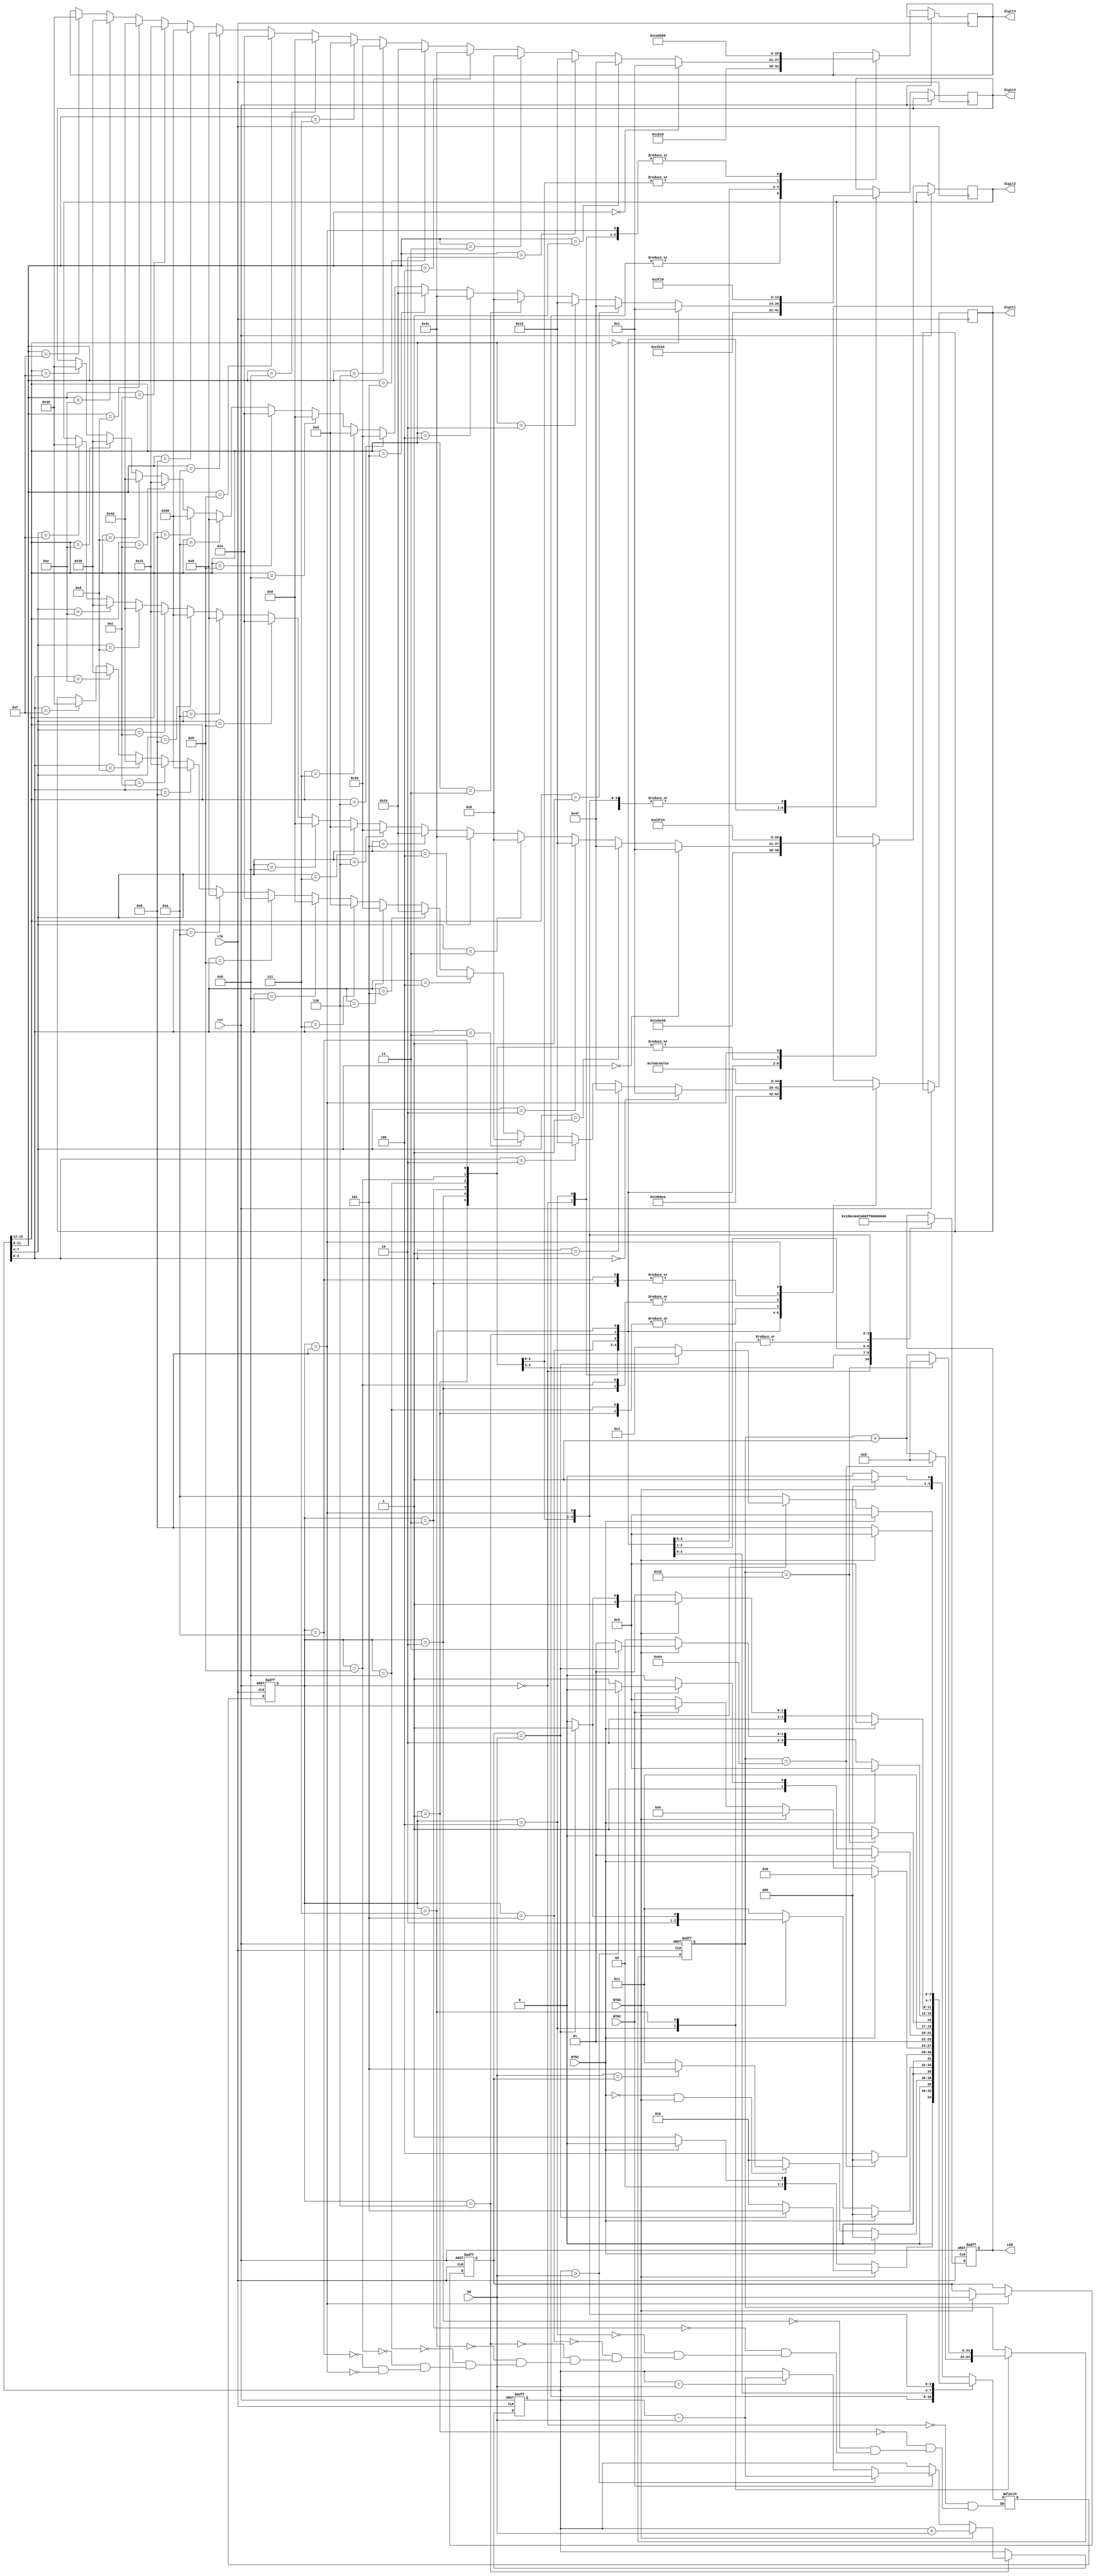
`timescale 1ns / 1ps
//////////////////////////////////////////////////////////////////////////////////
// Company: 
// Engineer: 
// 
// Design Name: 
// Module Name:    atm_code 
// Project Name: 
// Target Devices: 
// Tool versions: 
// Description: 
//
// Dependencies: 
//
// Revision: 
// Revision 0.01 - File Created
// Additional Comments: 
//
//////////////////////////////////////////////////////////////////////////////////


 module atm_code(input clk, input rst, input BTN3, BTN2, BTN1,input [3:0] SW,  
                     output reg [7:0] LED, output reg [6:0] digit4, digit3, digit2, digit1); 
	
	/*
	----------------------------------------
		IN THIS MODULE

			3.balance //beacuse of hexadecimal ?????
			4.counter cntr
			FOR TIMING ???
	
	--------------------------------------- 
	*/	
	 reg [3:0] password;
    reg [15:0] balance;	
	 reg [3:0] current_state; 
	 reg [3:0] next_state;	
	 

	 reg [31:0] counter=32'd0; 
 
	 // STATES
	 parameter [3:0] IDLE= 4'b0000;
	 parameter [3:0] PASS_ENT_3= 4'b0001;
	 parameter [3:0] PASS_ENT_2= 4'b0010;
	 parameter [3:0] PASS_ENT_1= 4'b0011;
	 parameter [3:0] LOCK = 4'b0100;
    parameter [3:0] ATM_MENU= 4'b0101;
	 parameter [3:0] MONEY= 4'b0110;
	 parameter [3:0] WARNING= 4'b0111;
	 parameter [3:0] PASS_CHG_3= 4'b1000;
	 parameter [3:0] PASS_CHG_2= 4'b1001;
	 parameter [3:0] PASS_CHG_1= 4'b1010;
	 parameter [3:0] PASS_NEW= 4'b1011;
	 


	 
	 // STATE TRANSITIONS - (sequential part)
	 //--------------------------------------------------------------------------- 
	 always@ (posedge clk or posedge rst)
	 begin
		if(rst==1)
		begin
			current_state<=IDLE;
		end
		else
			current_state<=next_state; 
	 end
	 
	 //---------------------------------------------------------------------------
	 


	//NEXT STATE DEFINITIONS - (combinatorial part)
	//--------------------------------------------------------------------------- 
	always @ (*)
	begin
				case(current_state)
				
					IDLE:
					begin
						if(BTN3==1) next_state=PASS_ENT_3;
						else next_state=IDLE;
					end
					
					
					
					PASS_ENT_3:
					begin
						if (BTN3==1) 
						begin
							if(password==SW) next_state=ATM_MENU;	
							else next_state=PASS_ENT_2;
						end
						else if (BTN1==1) next_state=IDLE;
						else next_state=PASS_ENT_3;
					end
					
					
					PASS_ENT_2:
					begin
						if (BTN1==1) next_state=IDLE; 
						else if (BTN1==0 && BTN3==1)
						begin
							if (SW==password) next_state=ATM_MENU;
							else next_state=PASS_ENT_1;
						end
						else next_state=PASS_ENT_2;
					end
					
					
					PASS_ENT_1:
					begin
						if(BTN1==1) next_state=IDLE; //regardless of SW
						else if (BTN3==1)
						begin
							if (password==SW) next_state=ATM_MENU;
							else next_state=LOCK;	
						end
						else next_state=PASS_ENT_1;
					end
					

					LOCK:
					begin

						if(counter==32'd100) next_state=IDLE;
						else next_state=LOCK;
					end

					
					
					ATM_MENU:
					begin
						if(BTN1==1) next_state=IDLE;
						else if (BTN3==1) next_state=MONEY;
						else if (BTN2==1) next_state=PASS_CHG_3;
						else next_state=ATM_MENU;
					
					end
					
					
					MONEY:
					begin
						if (BTN1==1) next_state=ATM_MENU;
						else if(BTN2==1)
						begin	
							if (balance>SW) next_state=MONEY;		
							else next_state=WARNING;				
						end
						else if (BTN3==1) next_state=MONEY;
						else next_state=MONEY;
					end
					
	
					WARNING:
					begin
						if(counter==32'd50) next_state=MONEY;
						else next_state=WARNING;
					end
	
					
					
					PASS_CHG_3:
					begin
						if (BTN1==1) next_state=ATM_MENU;
						else if (BTN3==1)
						begin
							if (password==SW) next_state=PASS_NEW;
							else next_state=PASS_CHG_2;						
						end
						else next_state=PASS_CHG_3;
					
					end
					
					
					PASS_CHG_2:
					begin
						if(BTN1==1) next_state=ATM_MENU;
						else if(BTN3==1)
						begin
							if(password==SW) next_state=PASS_NEW;
							else next_state=PASS_CHG_1;
						
						end
						else next_state=PASS_CHG_2;
					end
					
					PASS_CHG_1:
					begin
						if (BTN1==1) next_state=ATM_MENU;
						else if (BTN3==1)
						begin
							if (password==SW) next_state=PASS_NEW;
							else next_state=LOCK;
						end	
						else next_state=PASS_CHG_1;						
					end
					
					PASS_NEW:
					begin
						if (BTN3==1) next_state=ATM_MENU;
						else next_state=PASS_NEW;
					end
				endcase
	end
	
	
	


	// COUNTER FOR BLOCKING ATM IN LOCK AND WARNING - (sequential part)
	//--------------------------------------------------------------------------- 
	always @ (posedge clk or posedge rst)
	begin

				if (rst) counter<=0;
				else
				begin
					case (current_state)
						LOCK:
						begin
							if(counter==32'd100) counter<=32'd0;
							else counter<=counter+1;
						 
						end
						
						WARNING:
						begin
							if(counter==32'd50) counter<=32'd0;
							else counter<=counter+1;
						end
					endcase
				end
	end 	




	// OUTPUT PART - (combinatorial part)
	//--------------------------------------------------------------------------- 
	
	always @ (posedge clk or posedge rst)
	begin
			if(rst==1) 
			begin 
				balance<=16'b0000000000000000; // initial balnce 		
				password<=4'b0000;//initial password
				LED<=8'b10101010;
			end
			
			else
			begin
				case(current_state)
					IDLE: 
					begin
						LED <= 8'b00000001; 
						//for CArd
									//abcdefg		
						digit4<=7'b0110001; //C			
						digit3<=7'b0001000; //A	
						digit2<=7'b1111010; //r						
						digit1<=7'b1000010; //d
					
					end
					
					
					PASS_ENT_3:
					begin
						LED <= 8'b10000000; 
						// for PE-3
									//abcdefg		
						digit4<=7'b0011000; //P
						digit3<=7'b0110000; //E
						digit2<=7'b1111110; //-		
						digit1<=7'b0000110; //3
					end
					
					
					PASS_ENT_2: 
					begin
						LED <= 8'b11000000;
						//for PE-2
										//abcdefg					
						digit4<=7'b0011000; //P
						digit3<=7'b0110000; //E
						digit2<=7'b1111110; //-		
						digit1<=7'b0010010; //2	
					end
					
					
					PASS_ENT_1: 
					begin
						LED <= 8'b11100000;
						// for PE-1
									//abcdefg
						digit4<=7'b0011000; //P
						digit3<=7'b0110000; //E
						digit2<=7'b1111110; //-
						digit1<=7'b1001111; //1
					end
					
					
					LOCK:
					begin
						LED <= 8'b11111111; 
						// for FAIL
									//abcdefg
						digit4<=7'b0111000; //F
						digit3<=7'b0001000; //A
						digit2<=7'b1111001; //I	
						digit1<=7'b1110001; //L
					
					end
					
					
					ATM_MENU: 
					begin
						LED <= 8'b00010000; 
						// for OPEn
									//abcdefg
						digit4<=7'b0000001; //O
						digit3<=7'b0011000; //P
						digit2<=7'b0110000; //E
						digit1<=7'b1101010; //n
					
					end
					
					
					MONEY: 
					begin
						if (BTN3==1) balance<=balance+SW; 
						else if (BTN2==1) 
						begin
							if(balance> SW) balance<=balance-SW; //extra check
							else if (balance==SW) balance<=balance-SW;
							else balance<=balance;
						end
						
						LED <= 8'b00001000; 
						// for balance ->v ariable one (?)
									//abcdefg
						// digit4
						if (balance[15:12]==4'b0000) digit4<=7'b0000001; //0
						else if (balance[15:12]==4'b0001) digit4<=7'b1001111; //1	
						else if (balance[15:12]==4'b0010) digit4<=7'b0010010; //2	
						else if (balance[15:12]==4'b0011) digit4<=7'b0000110; //3	
						else if (balance[15:12]==4'b0100) digit4<=7'b1001100; //4 	
						else if (balance[15:12]==4'b0101) digit4<=7'b0100100; //5	
						else if (balance[15:12]==4'b0110) digit4<=7'b0100000; //6
						else if (balance[15:12]==4'b0111) digit4<=7'b0001101; //7
						else if (balance[15:12]==4'b1000) digit4<=7'b0000000; //8
						else if (balance[15:12]==4'b1001) digit4<=7'b0000100; //9
						else if (balance[15:12]==4'b1010) digit4<=7'b0001000; //10 - A
						else if (balance[15:12]==4'b1011) digit4<=7'b1100000; //11 - b
						else if (balance[15:12]==4'b1100) digit4<=7'b0110001; //12 - C	
						else if (balance[15:12]==4'b1101) digit4<=7'b1000010; //13 - d			
						else if (balance[15:12]==4'b1110) digit4<=7'b0110000; //14 - E	
						else if (balance[15:12]==4'b1111) digit4<=7'b0111000; //15 - F
						
						
						// digit3
						if (balance[11:8]==4'b0000) digit3<=7'b0000001; //0
						else if (balance[11:8]==4'b0001) digit3<=7'b1001111; //1
						else if (balance[11:8]==4'b0010) digit3<=7'b0010010; //2		
						else if (balance[11:8]==4'b0011) digit3<=7'b0000110; //3		
						else if (balance[11:8]==4'b0100) digit3<=7'b1001100; //4 	
						else if (balance[11:8]==4'b0101) digit3<=7'b0100100; //5
						
						else if (balance[11:8]==4'b0110) digit3<=7'b0100000; //6 
						else if (balance[11:8]==4'b0111) digit3<=7'b0001101; //7
						else if (balance[11:8]==4'b1000) digit3<=7'b0000000; //8
						else if (balance[11:8]==4'b1001) digit3<=7'b0000100; //9	
						else if (balance[11:8]==4'b1010) digit3<=7'b0001000; //10 - A	
						else if (balance[11:8]==4'b1011) digit3<=7'b1100000; //11 - b	
						else if (balance[11:8]==4'b1100) digit3<=7'b0110001; //12 - C	
						else if (balance[11:8]==4'b1101) digit3<=7'b1000010; //13 - d	
						else if (balance[11:8]==4'b1110) digit3<=7'b0110000; //14 - E	
						else if (balance[11:8]==4'b1111) digit3<=7'b0111000; //15 - F
						
						
						
						// digit2
						if (balance[7:4]==4'b0000) digit2<=7'b0000001; //0
						else if (balance[7:4]==4'b0001) digit2<=7'b1001111; //1
						else if (balance[7:4]==4'b0010) digit2<=7'b0010010; //2	
						else if (balance[7:4]==4'b0011) digit2<=7'b0000110; //3		
						else if (balance[7:4]==4'b0100) digit2<=7'b1001100; //4 
						else if (balance[7:4]==4'b0101) digit2<=7'b0100100; //5
						else if (balance[7:4]==4'b0110) digit2<=7'b0100000; //6	
						else if (balance[7:4]==4'b0111) digit2<=7'b0001101; //7	
						else if (balance[7:4]==4'b1000) digit2<=7'b0000000; //8		
						else if (balance[7:4]==4'b1001) digit2<=7'b0000100; //9	
						else if (balance[7:4]==4'b1010) digit2<=7'b0001000; //10 - A	
						else if (balance[7:4]==4'b1011) digit2<=7'b1100000; //11 - b	
						else if (balance[7:4]==4'b1100) digit2<=7'b0110001; //12 - C		
						else if (balance[7:4]==4'b1101) digit2<=7'b1000010; //13 - d			
						else if (balance[7:4]==4'b1110) digit2<=7'b0110000; //14 - E	
						else if (balance[7:4]==4'b1111) digit2<=7'b0111000; //15 - F
						
						
						// digit1
						if (balance[3:0]==4'b0000) digit1<=7'b0000001; //0
						else if (balance[3:0]==4'b0001) digit1<=7'b1001111; //1	
						else if (balance[3:0]==4'b0010) digit1<=7'b0010010; //2	
						else if (balance[3:0]==4'b0011) digit1<=7'b0000110; //3	
						else if (balance[3:0]==4'b0100) digit1<=7'b1001100; //4			
						else if (balance[3:0]==4'b0101) digit1<=7'b0100100; //5				
						else if (balance[3:0]==4'b0110) digit1<=7'b0100000; //6					
						else if (balance[3:0]==4'b0111) digit1<=7'b0001101; //7			
						else if (balance[3:0]==4'b1000) digit1<=7'b0000000; //8			
						else if (balance[3:0]==4'b1001) digit1<=7'b0000100; //9		
						else if (balance[3:0]==4'b1010) digit1<=7'b0001000; //10 - A		
						else if (balance[3:0]==4'b1011) digit1<=7'b1100000; //11 - b		
						else if (balance[3:0]==4'b1100) digit1<=7'b0110001; //12 - C			
						else if (balance[3:0]==4'b1101) digit1<=7'b1000010; //13 - d		
						else if (balance[3:0]==4'b1110) digit1<=7'b0110000; //14 - E		
						else if (balance[3:0]==4'b1111) digit1<=7'b0111000; //15 - F
						
					end
					
					
					WARNING:
					begin
						LED <= 8'b11111111; 
						// for -NA-
									//abcdefg
						digit4<=7'b1111110; //-
						digit3<=7'b1101010; //n
						digit2<=7'b0001000; //A						
						digit1<=7'b1111110; //-
					end
					
					
					PASS_CHG_3:
					begin
						LED <= 8'b00000100;
						// for PC-3
									//abcdefg
						digit4<=7'b0011000; //P
						digit3<=7'b0110001; //C
						digit2<=7'b1111110; //-		
						digit1<=7'b0000110; //3									
					end
					
					
					PASS_CHG_2:
					begin
						LED <= 8'b00000110; 
						//for PC-2
									//abcdefg
						digit4<=7'b0011000; //P
						digit3<=7'b0110001; //C
						digit2<=7'b1111110; //-		
						digit1<=7'b0010010; //2									
					end
					
					
					PASS_CHG_1: 
					begin
						LED <= 8'b00000111; 
						//for PC-1
									//abcdefg
						digit4<=7'b0011000; //P
						digit3<=7'b0110001; //C
						digit2<=7'b1111110; //-		
						digit1<=7'b1001111; //1	
					end
					
					
					PASS_NEW: 
					begin
					if(BTN3==1)password<=SW;
					LED <= 8'b00000010; 
					// for PASS
								//abcdefg
					digit4<=7'b0011000; //P
					digit3<=7'b0001000; //A
					digit2<=7'b0100100; //S
					digit1<=7'b0100100; //S
					end				
					
				endcase
				
			end
	end
	
endmodule